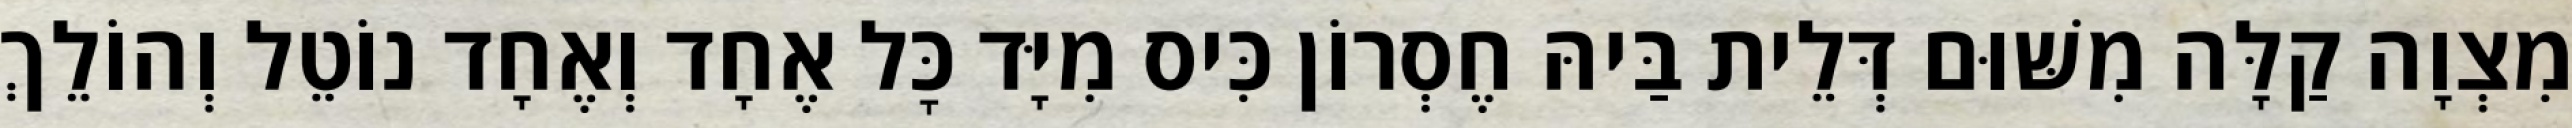
מִצְוָה קַלָּה מִשּׁוּם דְּלֵית בַּיהּ חֶסְרוֹן כִּיס מִיָּד כׇּל אֶחָד וְאֶחָד נוֹטֵל וְהוֹלֵךְ